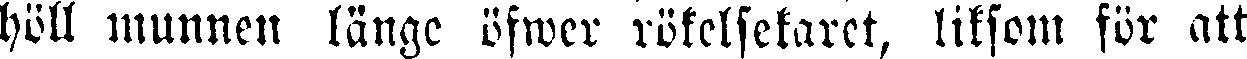
höll munnen länge öfwer rökelsekaret, liksom för att